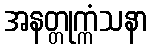
အနတ္တုက္ကံသနာ